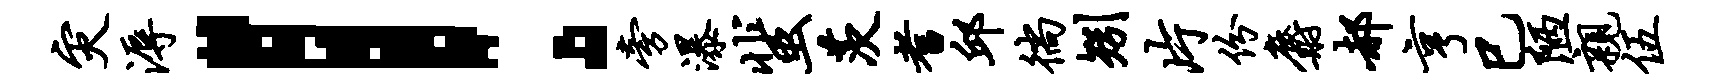
灾溽！旁瀑蜚茨耆邱徜矧片份麝郝亨巳陋亲伍